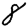
Digit: 8